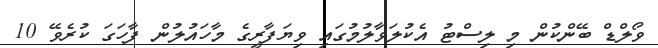
ވޯލްޑް ބޭންކުން މި ލިސްޓު އެކުލަވާލުމުގައި ވިޔަފާރީގެ މާހައުލުން ފާހަގަ ކުރެވޭ 10